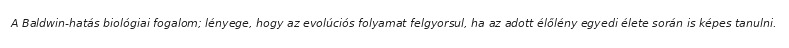
A Baldwin-hatás biológiai fogalom; lényege, hogy az evolúciós folyamat felgyorsul, ha az adott élőlény egyedi élete során is képes tanulni.